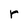
Character: r